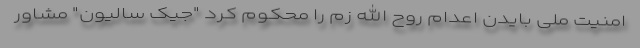
امنیت ملی بایدن اعدام روح الله زم را محکوم کرد "جیک سالیون" مشاور